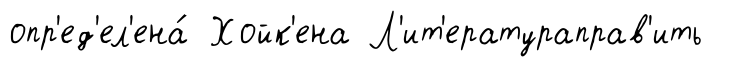
опр'ед'ел'ена́ Хойк'ена Л'ит'ератураправ'ить